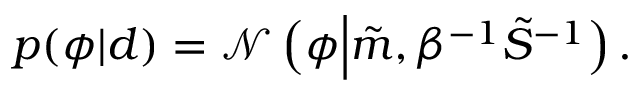
p ( \phi | d ) = \mathcal { N } \left( \phi \middle | \tilde { m } , \beta ^ { - 1 } \tilde { S } ^ { - 1 } \right) .